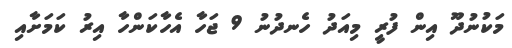
މަކުނުދޫ އިން ފުރީ މިއަދު ހެނދުނު 9 ޖަހާ އެހާކަންހާ އިރު ކަމަށާއި